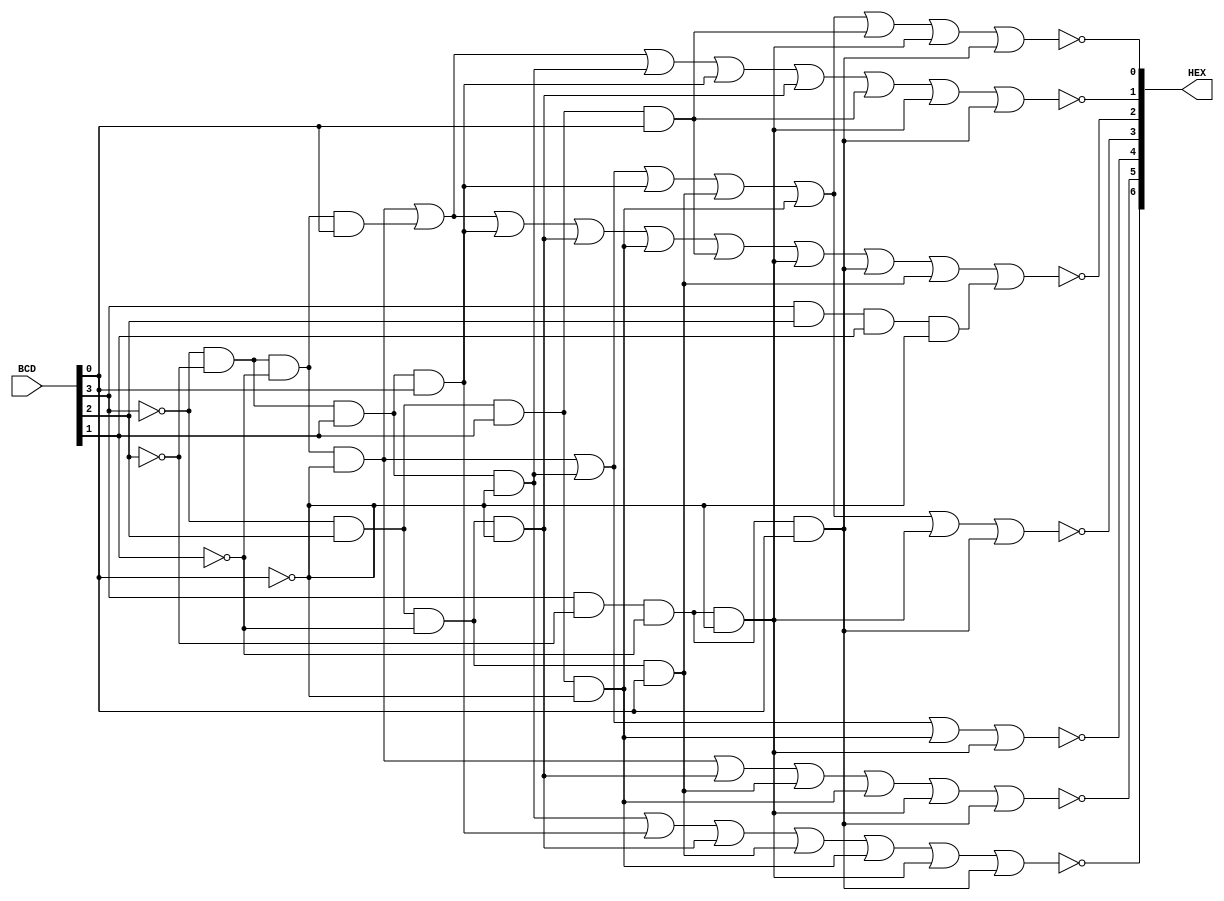
/*
	BCD2Seven
	-----------------
	By Longzhen Yuan
	Date: 10th April 2023
	
	Module Description:
	-----------------------
	Accept a BCD number, convert it into the format which can be used to control each segment of a 7-segment display
	input:
		BCD: input a 4bits BCD number
	output:
		HEX: 7 bits, used to control the 7 segment respectively.
*/
module BCD2Seven(

	input [3:0] BCD,
	
	
	output [6:0] HEX
	
);

assign HEX[0] = !((~BCD[3])&(~BCD[2])&(~BCD[1])&(~BCD[0]) | (~BCD[3])&(~BCD[2])&(BCD[1])&(~BCD[0]) | (~BCD[3])&(~BCD[2])&(BCD[1])&(BCD[0]) | (~BCD[3])&(BCD[2])&(~BCD[1])&(BCD[0]) | (~BCD[3])&(BCD[2])&(BCD[1])&(~BCD[0]) | (~BCD[3])&(BCD[2])&(BCD[1])&(BCD[0]) | (BCD[3])&(~BCD[2])&(~BCD[1])&(~BCD[0]) | (BCD[3])&(~BCD[2])&(~BCD[1])&(BCD[0]));
assign HEX[1] = !((~BCD[3])&(~BCD[2])&(~BCD[1])&(~BCD[0]) | (~BCD[3])&(~BCD[2])&(~BCD[1])&(BCD[0]) | (~BCD[3])&(~BCD[2])&(BCD[1])&(~BCD[0]) | (~BCD[3])&(~BCD[2])&(BCD[1])&(BCD[0]) | (~BCD[3])&(BCD[2])&(~BCD[1])&(~BCD[0]) | (~BCD[3])&(BCD[2])&(BCD[1])&(BCD[0]) | (BCD[3])&(~BCD[2])&(~BCD[1])&(~BCD[0]) | (BCD[3])&(~BCD[2])&(~BCD[1])&(BCD[0]));
assign HEX[2] = !((~BCD[3])&(~BCD[2])&(~BCD[1])&(~BCD[0]) | (~BCD[3])&(~BCD[2])&(~BCD[1])&(BCD[0]) | (~BCD[3])&(~BCD[2])&(BCD[1])&(BCD[0]) | (~BCD[3])&(BCD[2])&(~BCD[1])&(~BCD[0]) | (~BCD[3])&(BCD[2])&(BCD[1])&(~BCD[0]) |(~BCD[3])&(BCD[2])&(BCD[1])&(BCD[0]) | (BCD[3])&(~BCD[2])&(~BCD[1])&(~BCD[0]) | (BCD[3])&(~BCD[2])&(~BCD[1])&(BCD[0]) | (~BCD[3])&(BCD[2])&(~BCD[1])&(BCD[0]) | (BCD[3])&(BCD[2])&(BCD[1])&(~BCD[0]));
assign HEX[3] = !((~BCD[3])&(~BCD[2])&(~BCD[1])&(~BCD[0]) | (~BCD[3])&(~BCD[2])&(BCD[1])&(~BCD[0]) | (~BCD[3])&(~BCD[2])&(BCD[1])&(BCD[0]) | (~BCD[3])&(BCD[2])&(~BCD[1])&(BCD[0]) | (~BCD[3])&(BCD[2])&(BCD[1])&(~BCD[0]) | (BCD[3])&(~BCD[2])&(~BCD[1])&(~BCD[0]) | (BCD[3])&(~BCD[2])&(~BCD[1])&(BCD[0]));
assign HEX[4] = !((~BCD[3])&(~BCD[2])&(~BCD[1])&(~BCD[0]) | (~BCD[3])&(~BCD[2])&(BCD[1])&(~BCD[0]) | (~BCD[3])&(BCD[2])&(BCD[1])&(~BCD[0]) | (BCD[3])&(~BCD[2])&(~BCD[1])&(~BCD[0]));
assign HEX[5] = !((~BCD[3])&(~BCD[2])&(~BCD[1])&(~BCD[0]) | (~BCD[3])&(BCD[2])&(~BCD[1])&(~BCD[0]) | (~BCD[3])&(BCD[2])&(~BCD[1])&(BCD[0]) | (~BCD[3])&(BCD[2])&(BCD[1])&(~BCD[0]) | (BCD[3])&(~BCD[2])&(~BCD[1])&(~BCD[0]) | (BCD[3])&(~BCD[2])&(~BCD[1])&(BCD[0]));
assign HEX[6] = !((~BCD[3])&(~BCD[2])&(BCD[1])&(~BCD[0]) | (~BCD[3])&(~BCD[2])&(BCD[1])&(BCD[0]) | (~BCD[3])&(BCD[2])&(~BCD[1])&(~BCD[0]) | (~BCD[3])&(BCD[2])&(~BCD[1])&(BCD[0]) | (~BCD[3])&(BCD[2])&(BCD[1])&(~BCD[0]) | (BCD[3])&(~BCD[2])&(~BCD[1])&(~BCD[0]) | (BCD[3])&(~BCD[2])&(~BCD[1])&(BCD[0]));



endmodule